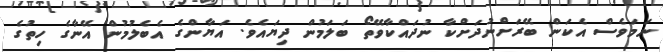
ނަމަވެސް އެކަން ބޭރަށްނުދަށްކާ ނުދައްކާވޭތޯ ބަލަމުން ދިޔައެވެ. އަޔާންގެ އެބެލުމުން އޭނާގެ ހިތުގެ